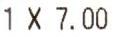
1 X 7.00